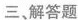
三、解答题